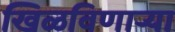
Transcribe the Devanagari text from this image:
खिळविणार्‍या